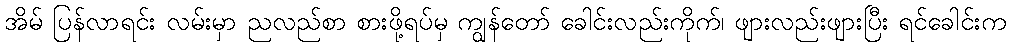
အိမ် ပြန်လာရင်း လမ်းမှာ ညလည်စာ စားဖို့ရပ်မှ ကျွန်တော် ခေါင်းလည်းကိုက်၊ ဖျားလည်းဖျားပြီး ရင်ခေါင်းက